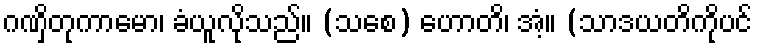
ဂဏှိတုကာမော၊ ခံယူလိုသည်။ (သစေ) ဟောတိ၊ အံ့။ (သာဒယတိကိုပင်